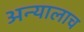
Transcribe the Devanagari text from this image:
अन्यालाच